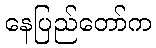
နေပြည်တော်က